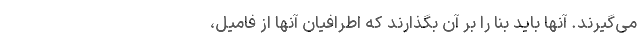
می‌گیرند. آنها باید بنا را بر آن بگذارند که اطرافیان آنها از فامیل،